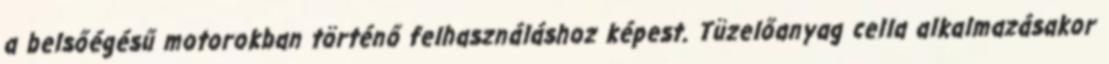
a belsőégésű motorokban történő felhasználáshoz képest. Tüzelőanyag cella alkalmazásakor